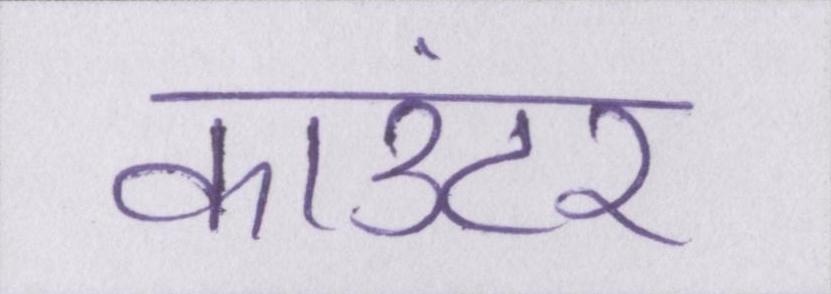
काउंटर